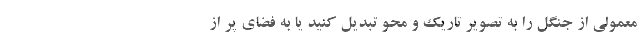
معمولی از جنگل را به تصویر تاریک و محو تبدیل کنید یا به فضای پر از